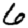
Digit: 6